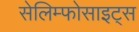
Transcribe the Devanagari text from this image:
सेलिम्फोसाइट्स